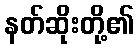
နတ်ဆိုးတို့၏